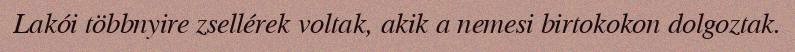
Lakói többnyire zsellérek voltak, akik a nemesi birtokokon dolgoztak.